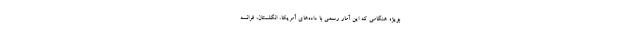
بویژه هنگامی که این آمار رسمی با داده‌های آمریکا، انگلستان، فرانسه